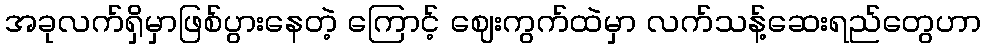
အခုလက်ရှိမှာဖြစ်ပွားနေတဲ့ ကြောင့် ဈေးကွက်ထဲမှာ လက်သန့်ဆေးရည်တွေဟာ